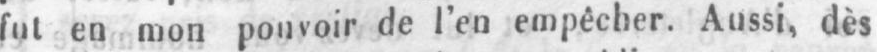
fut en mon pouvoir de l’en empêcher. Aussi, dès